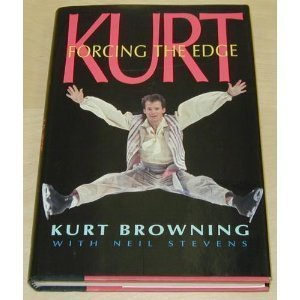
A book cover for Kurt: Forcing the Edge; Kurt Browning; Sports & Outdoors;